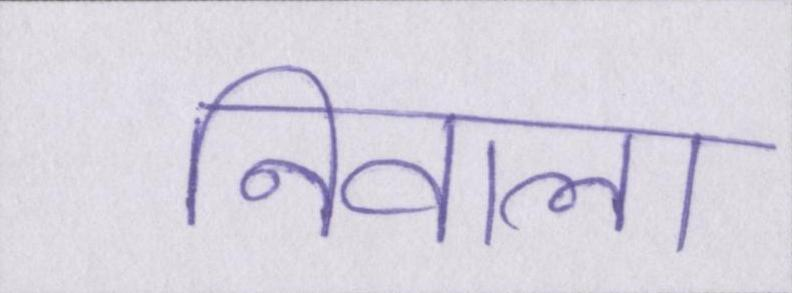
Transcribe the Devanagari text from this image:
निवाला